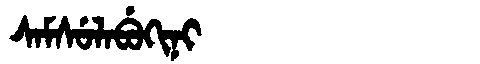
Manchu: ᠰᠠᠮᠰᡠᠯᠠᠪᡠᡴᡳᠨᡳ
Romanization: SAMSULABUKINI